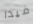
فيدا